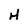
Character: H